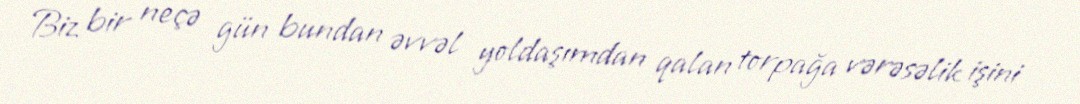
Biz bir neçə gün bundan əvvəl yoldaşımdan qalan torpağa vərəsəlik işini